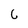
Character: 6